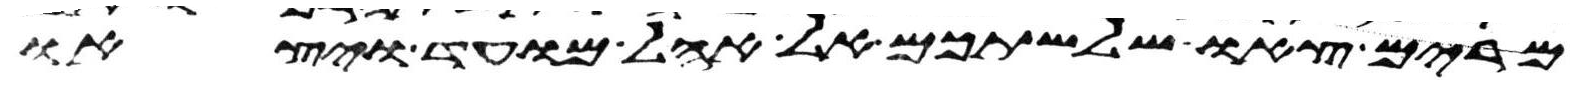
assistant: מרים צאו שלשתכם אל אהל מועד ויצאו